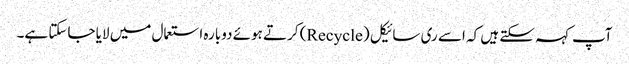
آپ کہہ سکتے ہیں کہ اسے ری سائیکل (Recycle) کرتے ہوئے دوبارہ استعمال میں لایا جاسکتا ہے۔